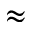
\approx